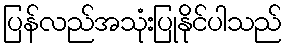
ပြန်လည်အသုံးပြုနိုင်ပါသည်